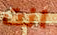
انت